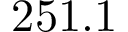
2 5 1 . 1